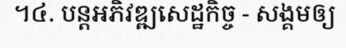
។៤. បន្តអភិវឌ្ឍសេដ្ឋកិច្ច - សង្គមឲ្យ